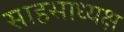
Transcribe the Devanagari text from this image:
साहसाध्यक्ष